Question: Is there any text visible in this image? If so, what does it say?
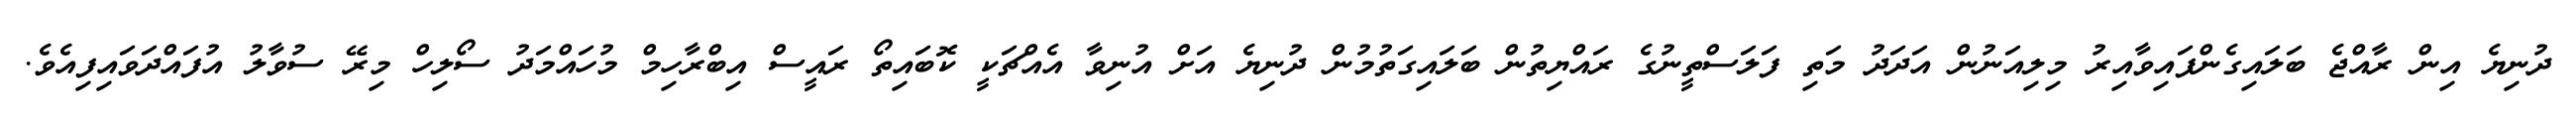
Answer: ދުނިޔެ އިން ރާއްޖެ ބަލައިގެންފައިވާއިރު މިލިއަނުން އަދަދު މަތި ފަލަސްތީނުގެ ރައްޔިތުން ބަލައިގަތުމުން ދުނިޔެ އަށް އުނިވާ އެއްޗަކީ ކޮބައިތޯ ރައީސް އިބްރާހިމް މުހައްމަދު ސޯލިހް މިރޭ ސުވާލު އުފައްދަވައިފިއެވެ.